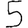
Digit: 5